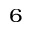
^ { 6 }